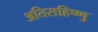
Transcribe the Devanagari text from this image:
अतिसहिष्णु